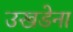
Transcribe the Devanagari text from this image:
उखडेना